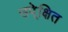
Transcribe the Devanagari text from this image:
उपे्क्षित